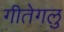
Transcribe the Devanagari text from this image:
गीतेगलु